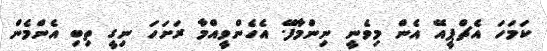
ކަމަހަ އެޗްޕީއޭ އެން މިވެނީ ނިންމާފޭ. އެހެންވީއްމާ ރަށަހަ ނިގީ ތިބި އެންމެން